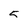
Character: 5